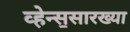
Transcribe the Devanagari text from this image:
व्हेन्स॒सारख्या